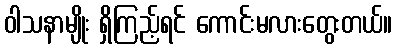
ဝါသနာမျိုး ရှိကြည့်ရင် ကောင်းမလားတွေးတယ်။